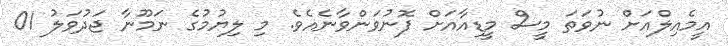
އީމެއިލްއަށް ނުވަތަ މީސް މީޑިއާއަށް ފޮނުވަންވާނެއެވެ. މި ލިޔުމުގެ ނަމޫނާ ޖަދުވަލު 01